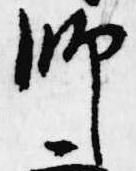
師